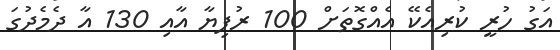
އަގު ހުރީ ކުރިއެކޭ އެއްގޮތަށް 100 ރުފިޔާ އާއި 130 އާ ދެމެދުގަ